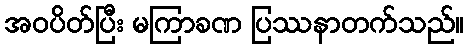
အဝပိတ်ပြီး မကြာခဏ ပြဿနာတက်သည်။